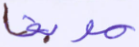
موبقا